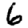
Digit: 6